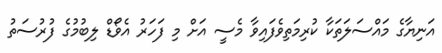
އަނިޔާގެ މައްސަލަތަކާ ކުރިމަތިވެފައިވާ މެސީ އަށް މި ފަހަރު އެވޯޑް ލިބުމުގެ ފުރުސަތު